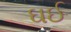
ઘઈ